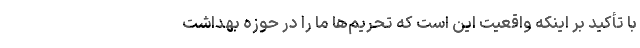
با تأکید بر اینکه واقعیت این است که تحریم‌ها ما را در حوزه بهداشت